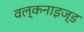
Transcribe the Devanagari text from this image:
वल्कनाइज्ड